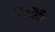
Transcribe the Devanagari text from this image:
७३०५